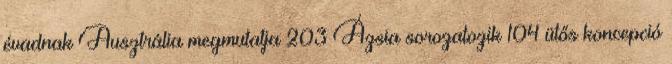
évadnak Ausztrália megmutatja 203 Ázsia sorozatozik 104 ütős koncepció